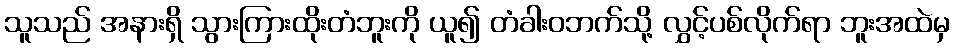
သူသည် အနားရှိ သွားကြားထိုးတံဘူးကို ယူ၍ တံခါးဝဘက်သို့ လွှင့်ပစ်လိုက်ရာ ဘူးအထဲမှ